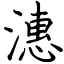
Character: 潓